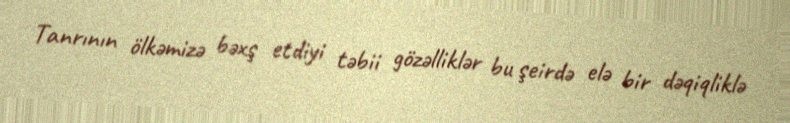
Tanrının ölkəmizə bəxş etdiyi təbii gözəlliklər bu şeirdə elə bir dəqiqliklə